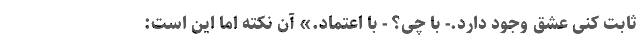
ثابت کنی عشق وجود دارد.- با چی؟ - با اعتماد.» آن نکته اما این است: